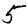
Digit: 5